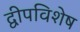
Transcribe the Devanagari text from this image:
द्वीपविशेष